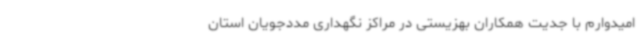
امیدوارم با جدیت همکاران بهزیستی در مراکز نگهداری مددجویان استان